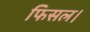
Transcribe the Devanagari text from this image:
फिसल।